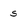
Character: 5